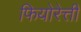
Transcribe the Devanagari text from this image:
फियोरेत्ती